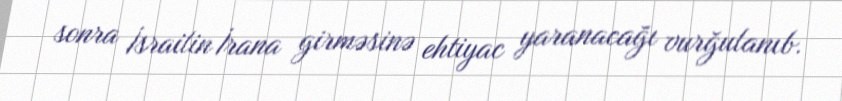
sonra İsrailin İrana girməsinə ehtiyac yaranacağı vurğulanıb.